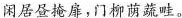
闲居昼掩扉，门柳荫蔬畦。